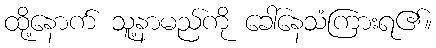
ထို့နောက် သူ့နာမည်ကို ခေါ်နေသံကြားရ၏။